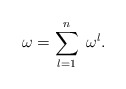
\begin{align*}\omega= \overset{n}{\underset{l=1}{\sum}}\: \: \omega^l.\end{align*}